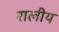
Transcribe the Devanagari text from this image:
रालीय